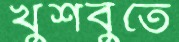
খুশবুতে